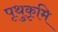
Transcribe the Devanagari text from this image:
पृथुकृमि